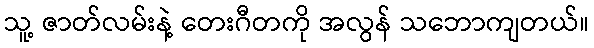
သူ့ ဇာတ်လမ်းနဲ့ တေးဂီတကို အလွန် သဘောကျတယ်။